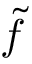
\tilde { f }